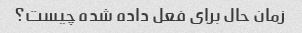
زمان حال برای فعل داده شده چیست؟